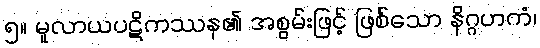
၅။ မူလာယပဋိကဿန၏ အစွမ်းဖြင့် ဖြစ်သော နိဂ္ဂဟကံ၊